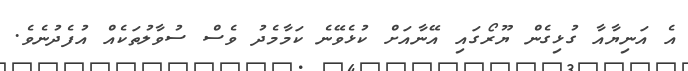
އެ އަނިޔާއާ ގުޅިގެން ޔޫރޯގައި އޭނާއަށް ކުޅެވޭނެ ކަމާމެދު ވެސް ސުވާލުތަކެއް އުފެދުނެވެ.